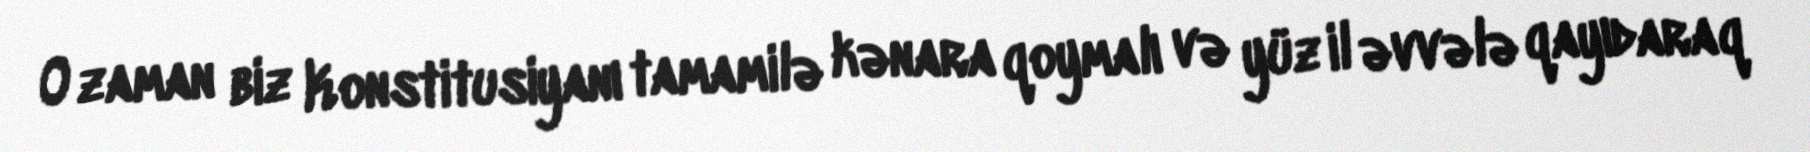
O zaman biz Konstitusiyanı tamamilə kənara qoymalı və yüz il əvvələ qayıdaraq